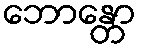
ဘောန္တော